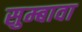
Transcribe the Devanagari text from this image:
सुम्बावा